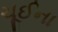
ચૂઈના